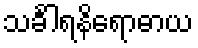
သင်္ခါရနိရောဓာယ